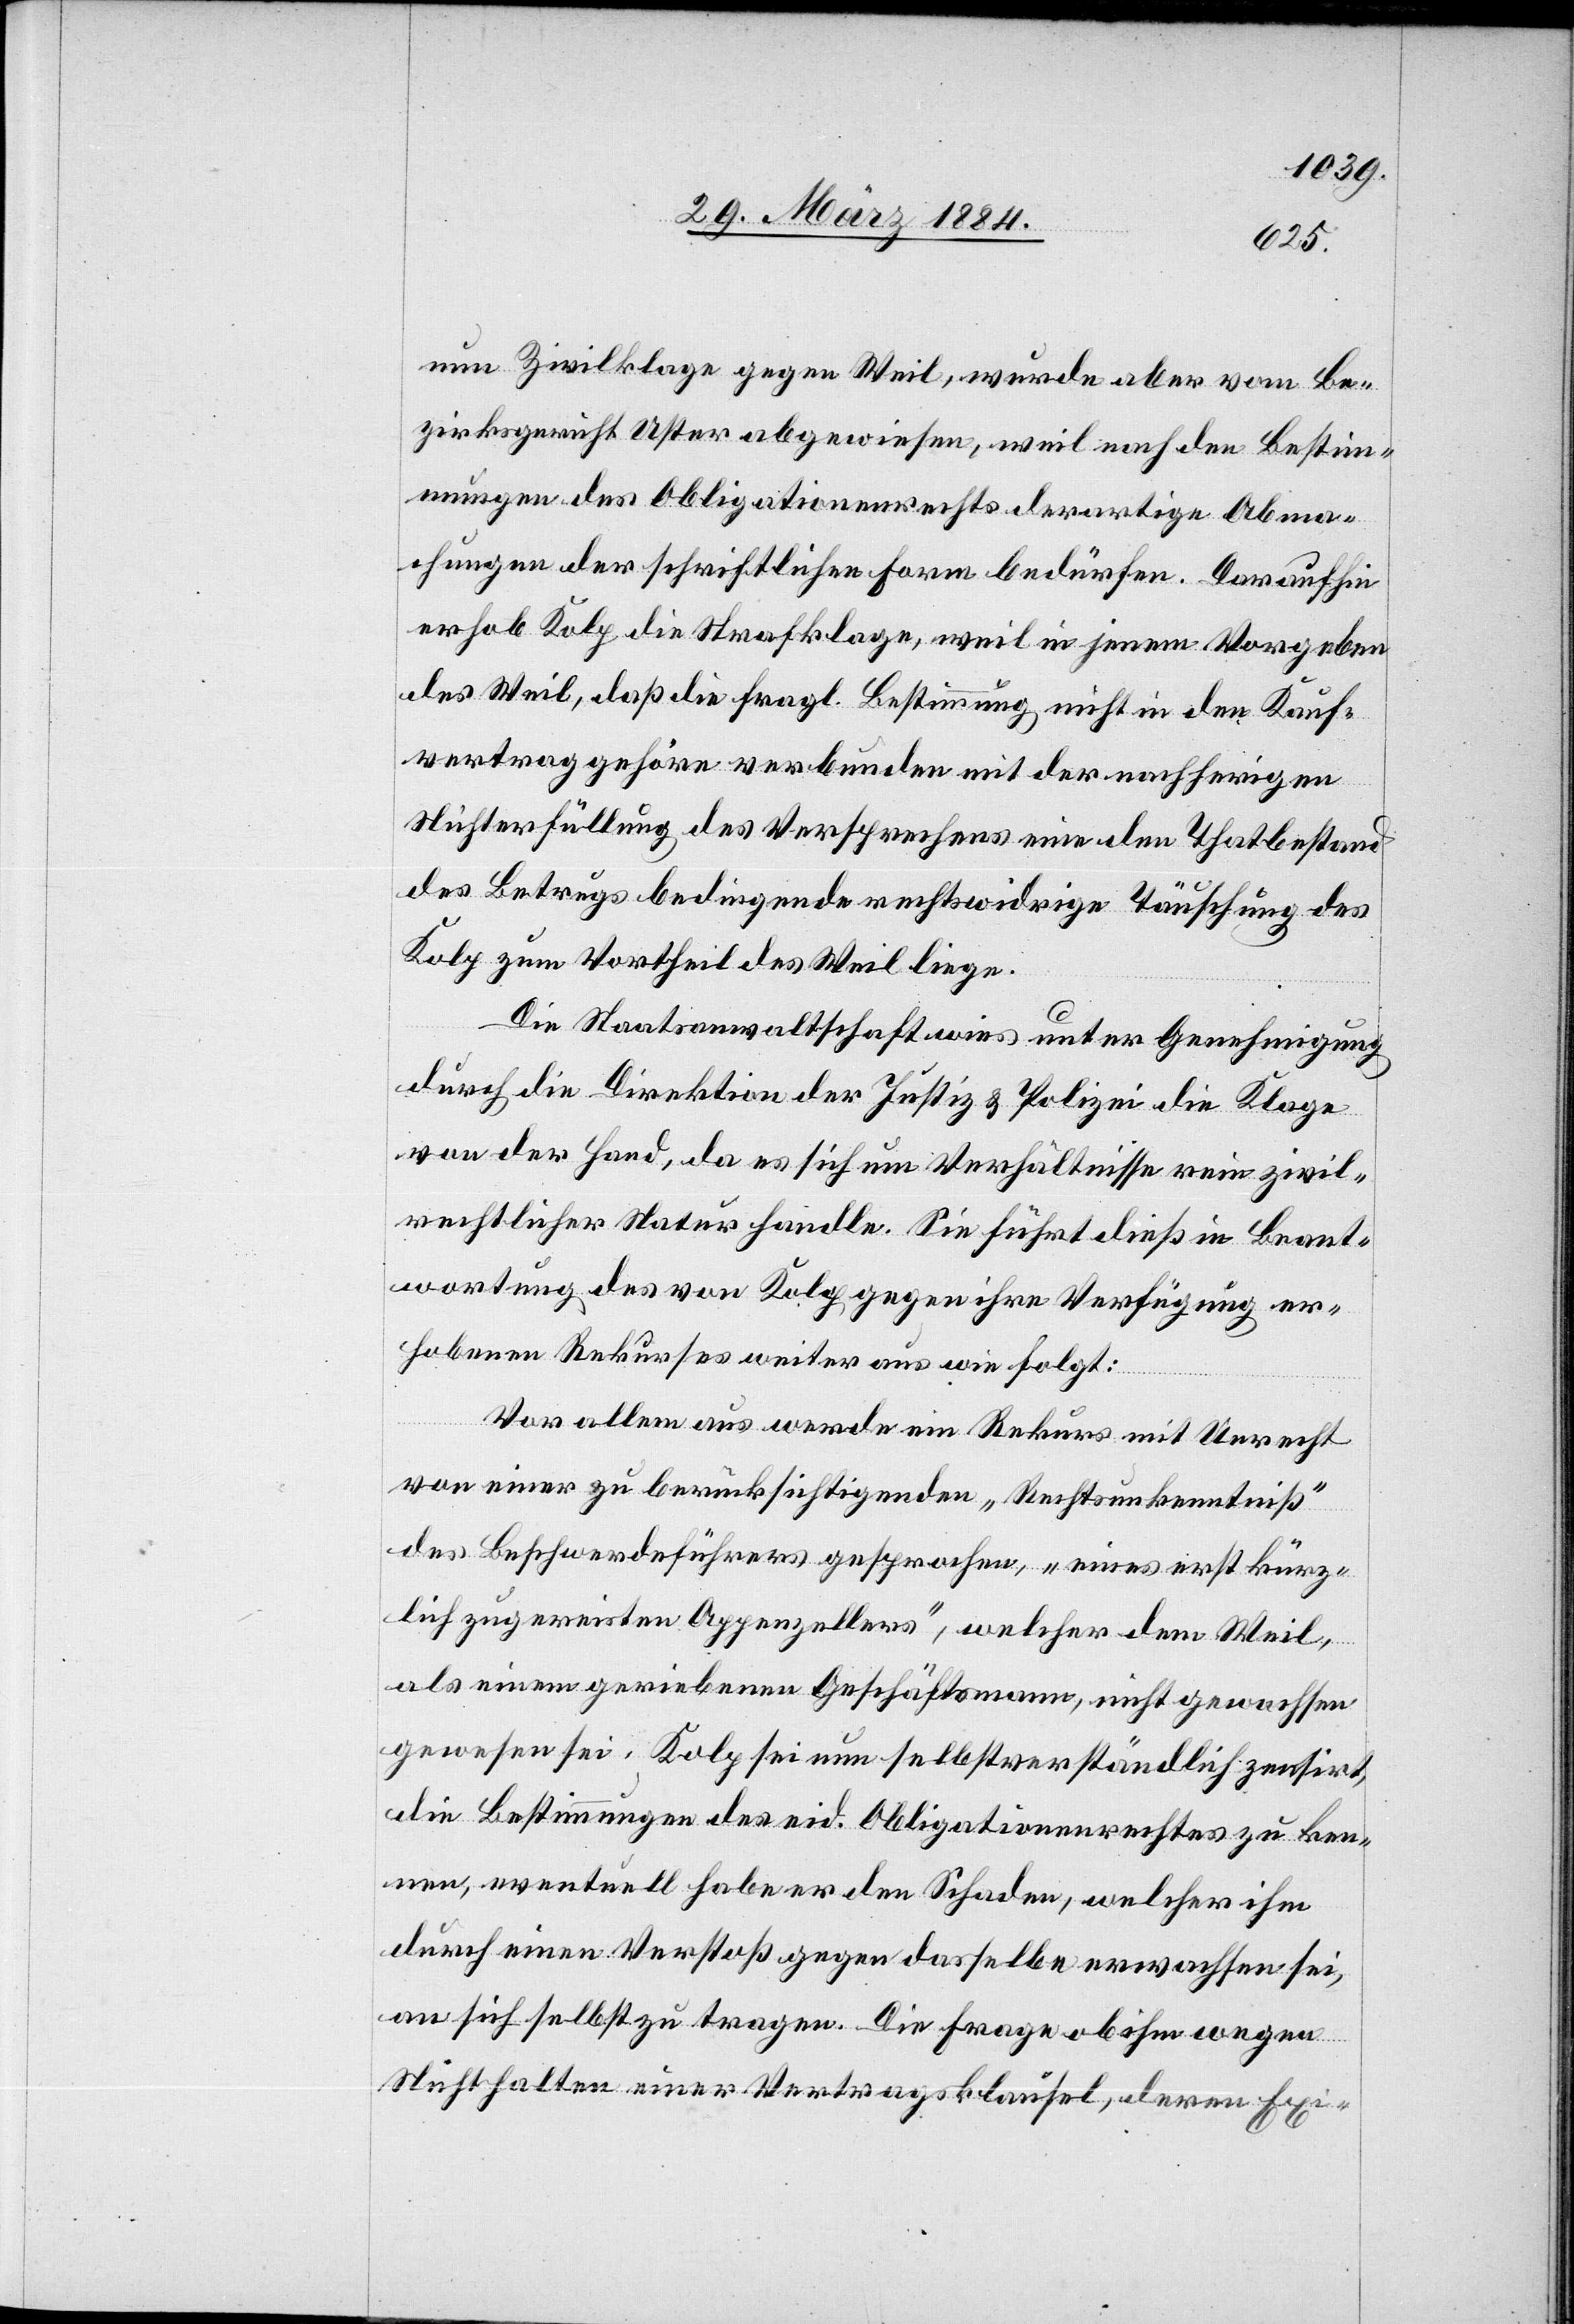
nun Zivilklage gegen Weil, wurde aber vom Be¬
zirksgericht Uster abgewiesen, weil nach den Bestim¬
mungen des Obligationsrechts derartige Abma¬
chungen der schriftlichen Form bedürfen. Daraufhin
erhob Kolp die Strafklage, weil in jenem Vorgeben
des Weil, daß die fragl. Bestimmung nicht in den Kauf¬
vertrag gehören verbunden mit der nachherigen
Nichterfüllung des Versprechens eine den Thatbestand
des Betrugs bedingende rechtswidrige Täuschung des
Kolp zum Vortheil des Weil liege.
Die Staatsanwaltschaft wies unter Genehmigung
durch die Direktion der Justiz & Polizei die Klage
von der Hand, da es sich um Verhältnisse rein zivil¬
rechtlicher Natur handle. Sie führt dieß in Beant¬
wortung des von Kolp gegen ihre Verfügung er¬
hobenen Rekurses weiter aus wie folgt:
Vor allem aus werde ein Rekurs mit Unrecht
von einer zu berücksichtigenden „Rechtsunkenntniß“
des Beschwerdeführers gesprochen, „eines erst kürz¬
lich zugereisten Appenzellers“, welcher dem Weil,
als einem getriebenen Geschäftsmann, nicht gewachsen
gewesen sei. Kolp sei nun selbstverständlich zensirt,
die Bestimmungen des eid. Obligationenrechtes zu ken¬
nen, eventuell habe er den Schaden, welcher ihm
durch einen Verstoß gegen dasselbe erwachsen sei,
an sich selbst zu tragen. Die Frage ob ihm wegen
Nichthalten einer Vertragsklausel, deren Exi-